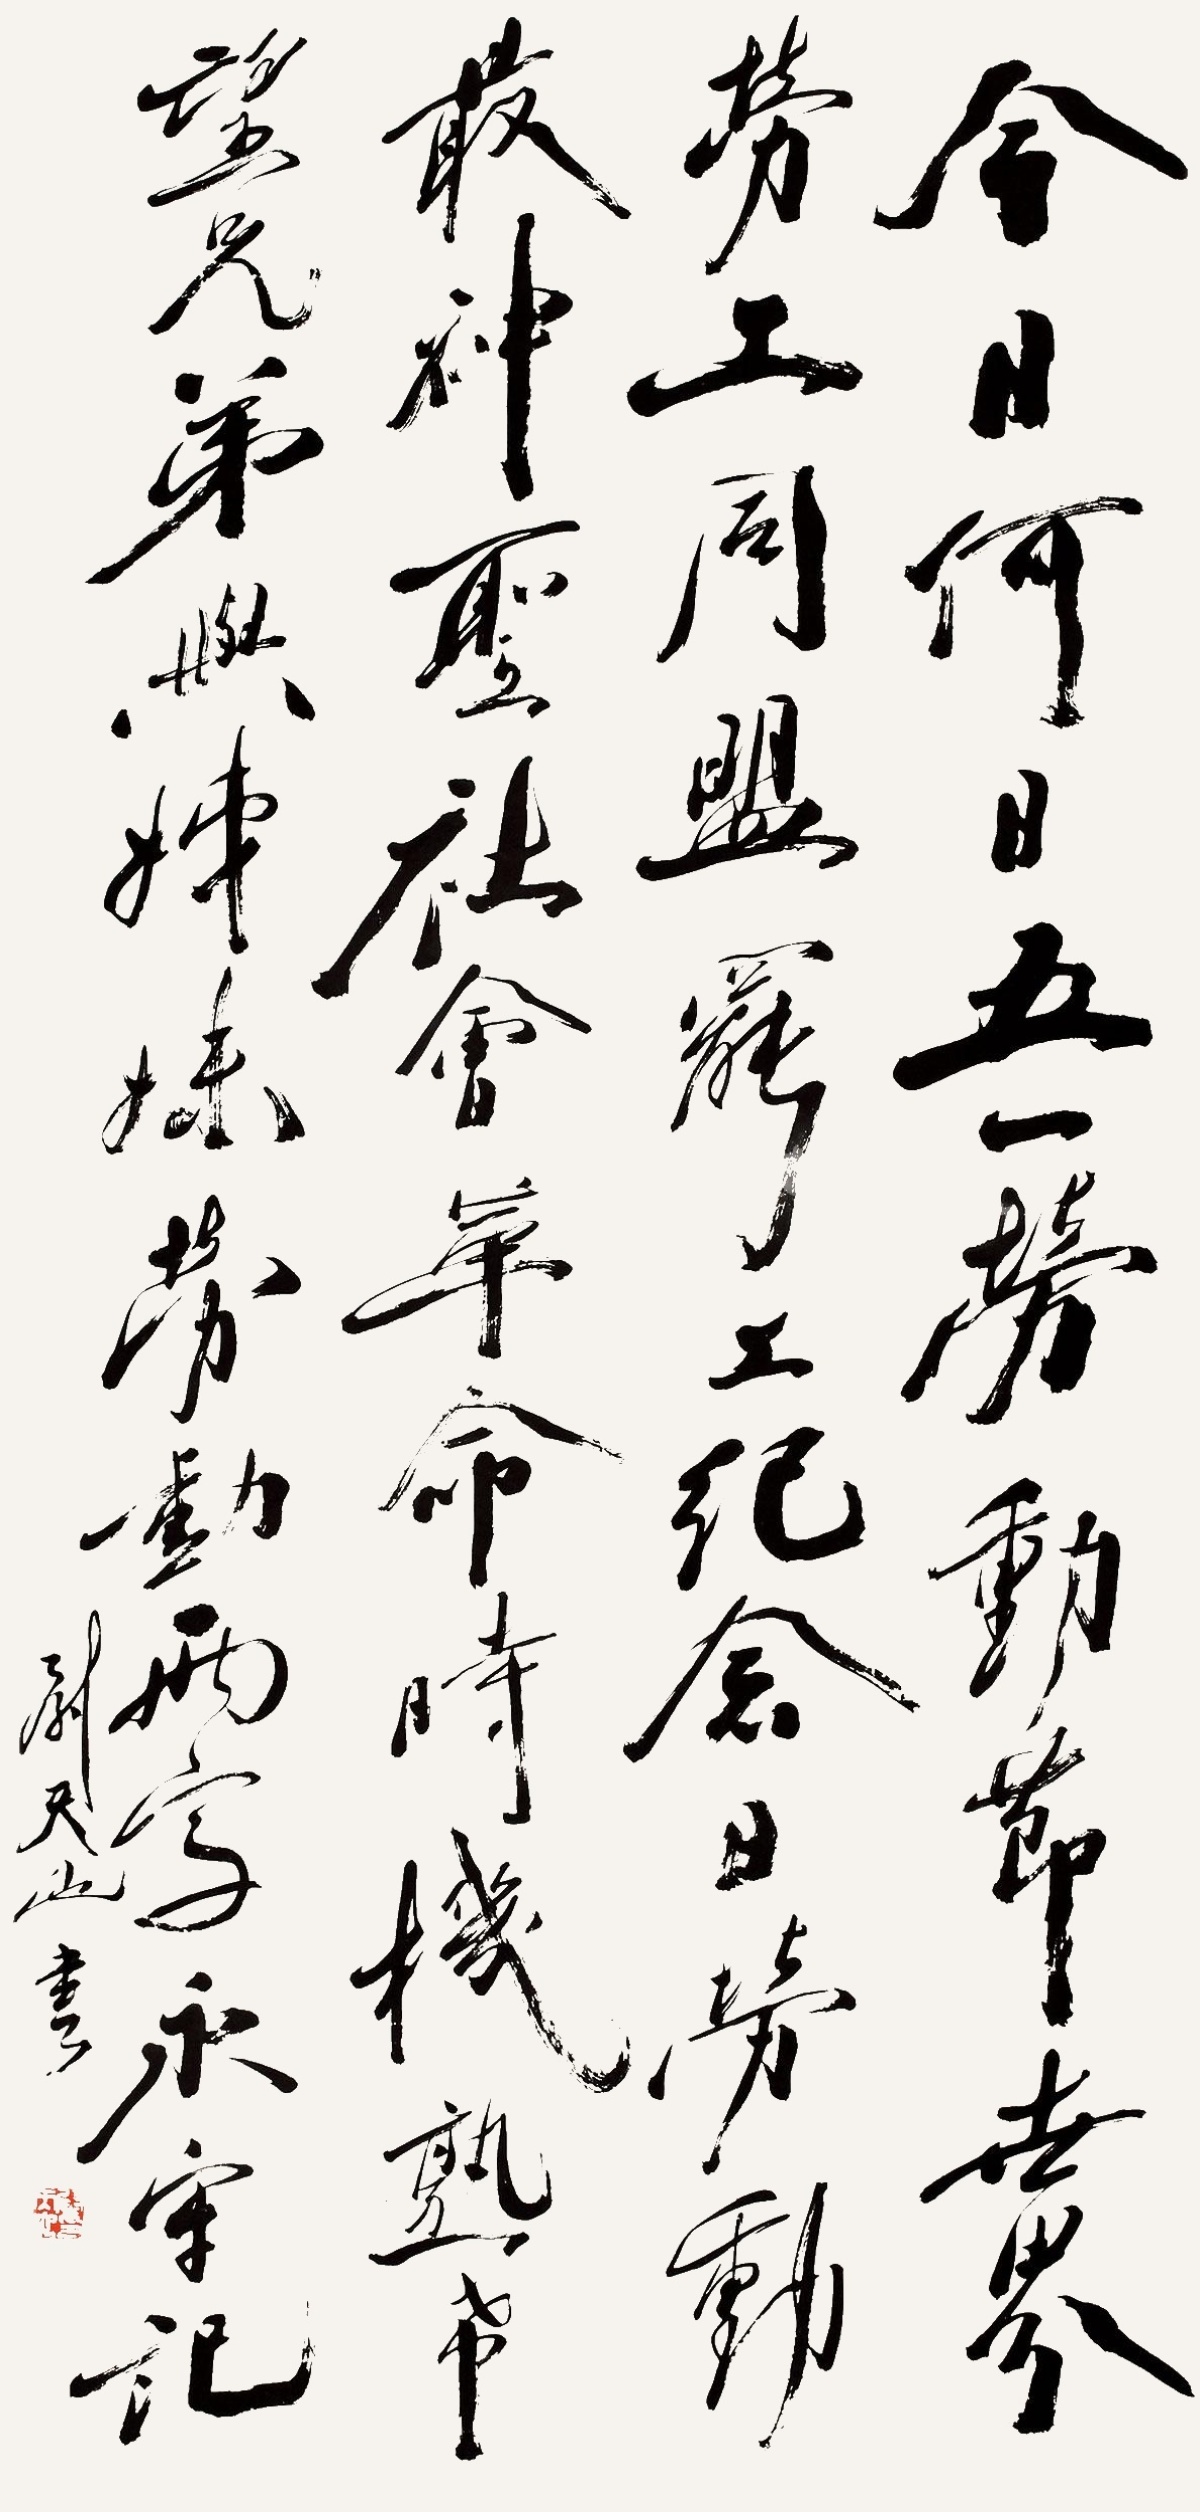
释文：今日何日，五一劳动节，世界劳工同盟罢工纪念日。劳动最神圣，社会革命时机熟，希望兄弟与姐妹，劳动两字永牢记。尉天池书。